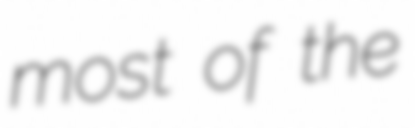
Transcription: most of the